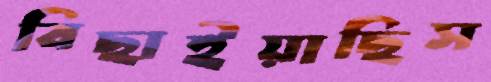
বিছাইয়াছিস